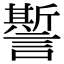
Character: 𧬊